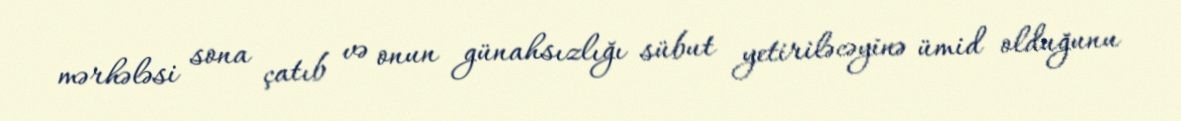
mərhələsi sona çatıb və onun günahsızlığı sübut yetiriləcəyinə ümid olduğunu